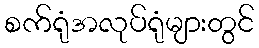
စက်ရုံအလုပ်ရုံများတွင်